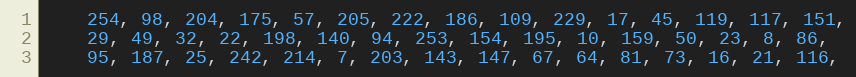
Language: C++
    254, 98, 204, 175, 57, 205, 222, 186, 109, 229, 17, 45, 119, 117, 151,
    29, 49, 32, 22, 198, 140, 94, 253, 154, 195, 10, 159, 50, 23, 8, 86,
    95, 187, 25, 242, 214, 7, 203, 143, 147, 67, 64, 81, 73, 16, 21, 116,